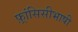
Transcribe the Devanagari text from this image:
फ़्रांसिसीभाषी